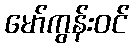
မော်ကွန်းဝင်